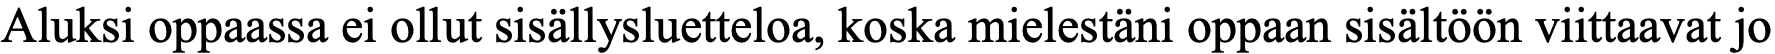
Aluksi oppaassa ei ollut sisällysluetteloa, koska mielestäni oppaan sisältöön viittaavat jo